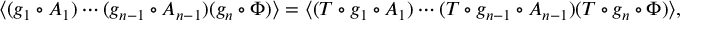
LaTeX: \langle ( g _ { 1 } \circ A _ { 1 } ) \cdots ( g _ { n - 1 } \circ A _ { n - 1 } ) ( g _ { n } \circ \Phi ) \rangle = \langle ( T \circ g _ { 1 } \circ A _ { 1 } ) \cdots ( T \circ g _ { n - 1 } \circ A _ { n - 1 } ) ( T \circ g _ { n } \circ \Phi ) \rangle ,